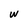
Character: w